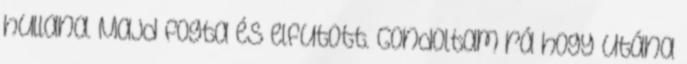
hullana. Majd fogta és elfutott. Gondoltam rá hogy utána